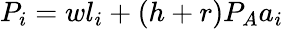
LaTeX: P_{i}=wl_{i}+(h+r)P_{A}a_{i}